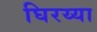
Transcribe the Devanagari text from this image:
घिरय्या